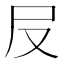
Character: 㞋